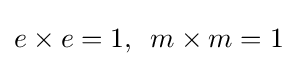
e\times e=1,\,\,\,m\times m=1